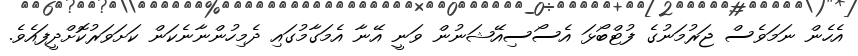
އެހެން ނަމަވެސް ޖަރުމަނުގެ ފުޓްބޯޅަ އެސޯސިއޭޝަނުން ވަނީ އޭނާ އެމަގާމުގައި ދެމިހުންނާނެކަން ކަށަވަރުކޮށްދީފައެވެ.